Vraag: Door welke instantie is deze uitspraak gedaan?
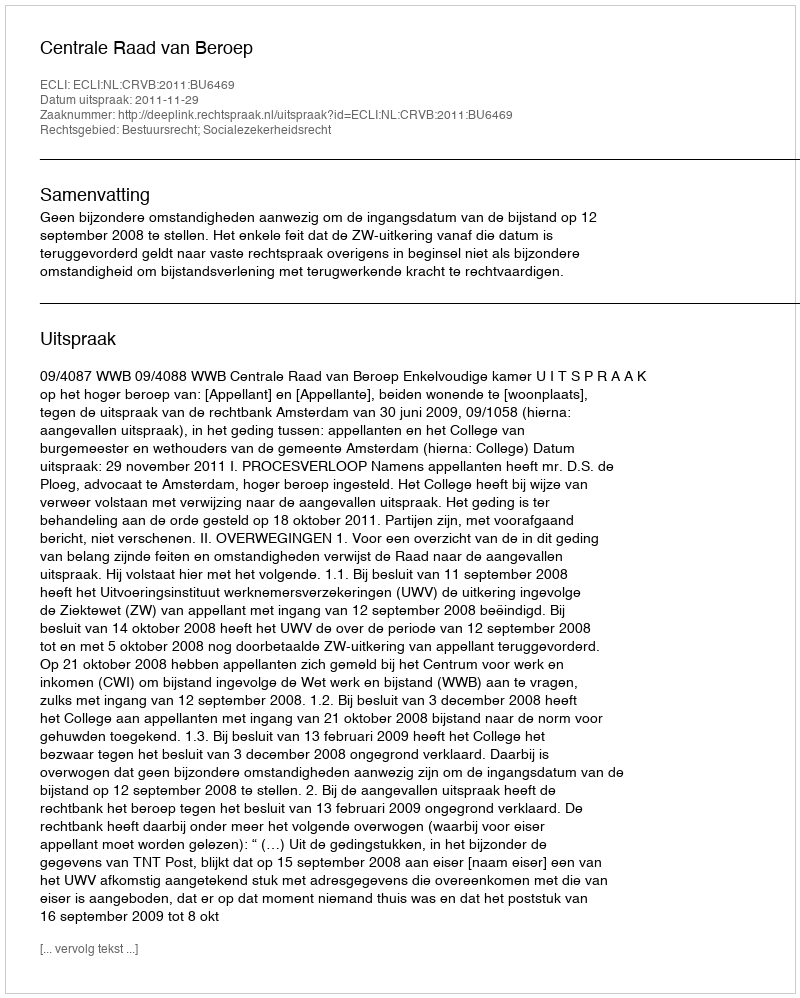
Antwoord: Centrale Raad van Beroep